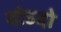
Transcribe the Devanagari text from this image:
दोउदो